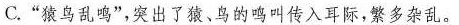
C.”猿鸟乱鸣”，突出了猿、鸟的鸣叫传入耳际，繁多杂乱。